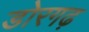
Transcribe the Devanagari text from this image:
डोरगढ़